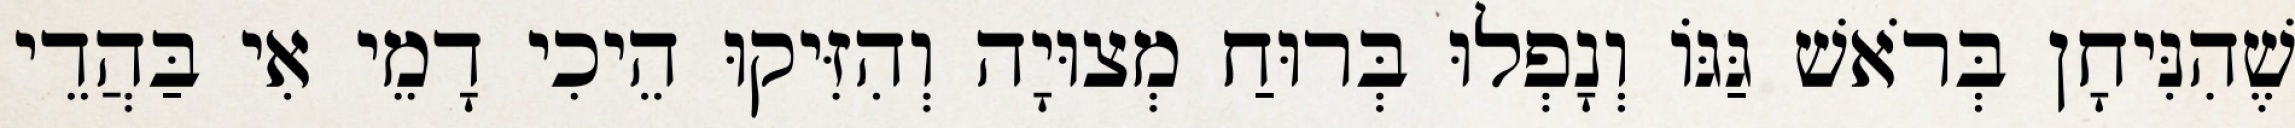
שֶׁהִנִּיחָן בְּרֹאשׁ גַּגּוֹ וְנָפְלוּ בְּרוּחַ מְצוּיָה וְהִזִּיקוּ הֵיכִי דָמֵי אִי בַּהֲדֵי